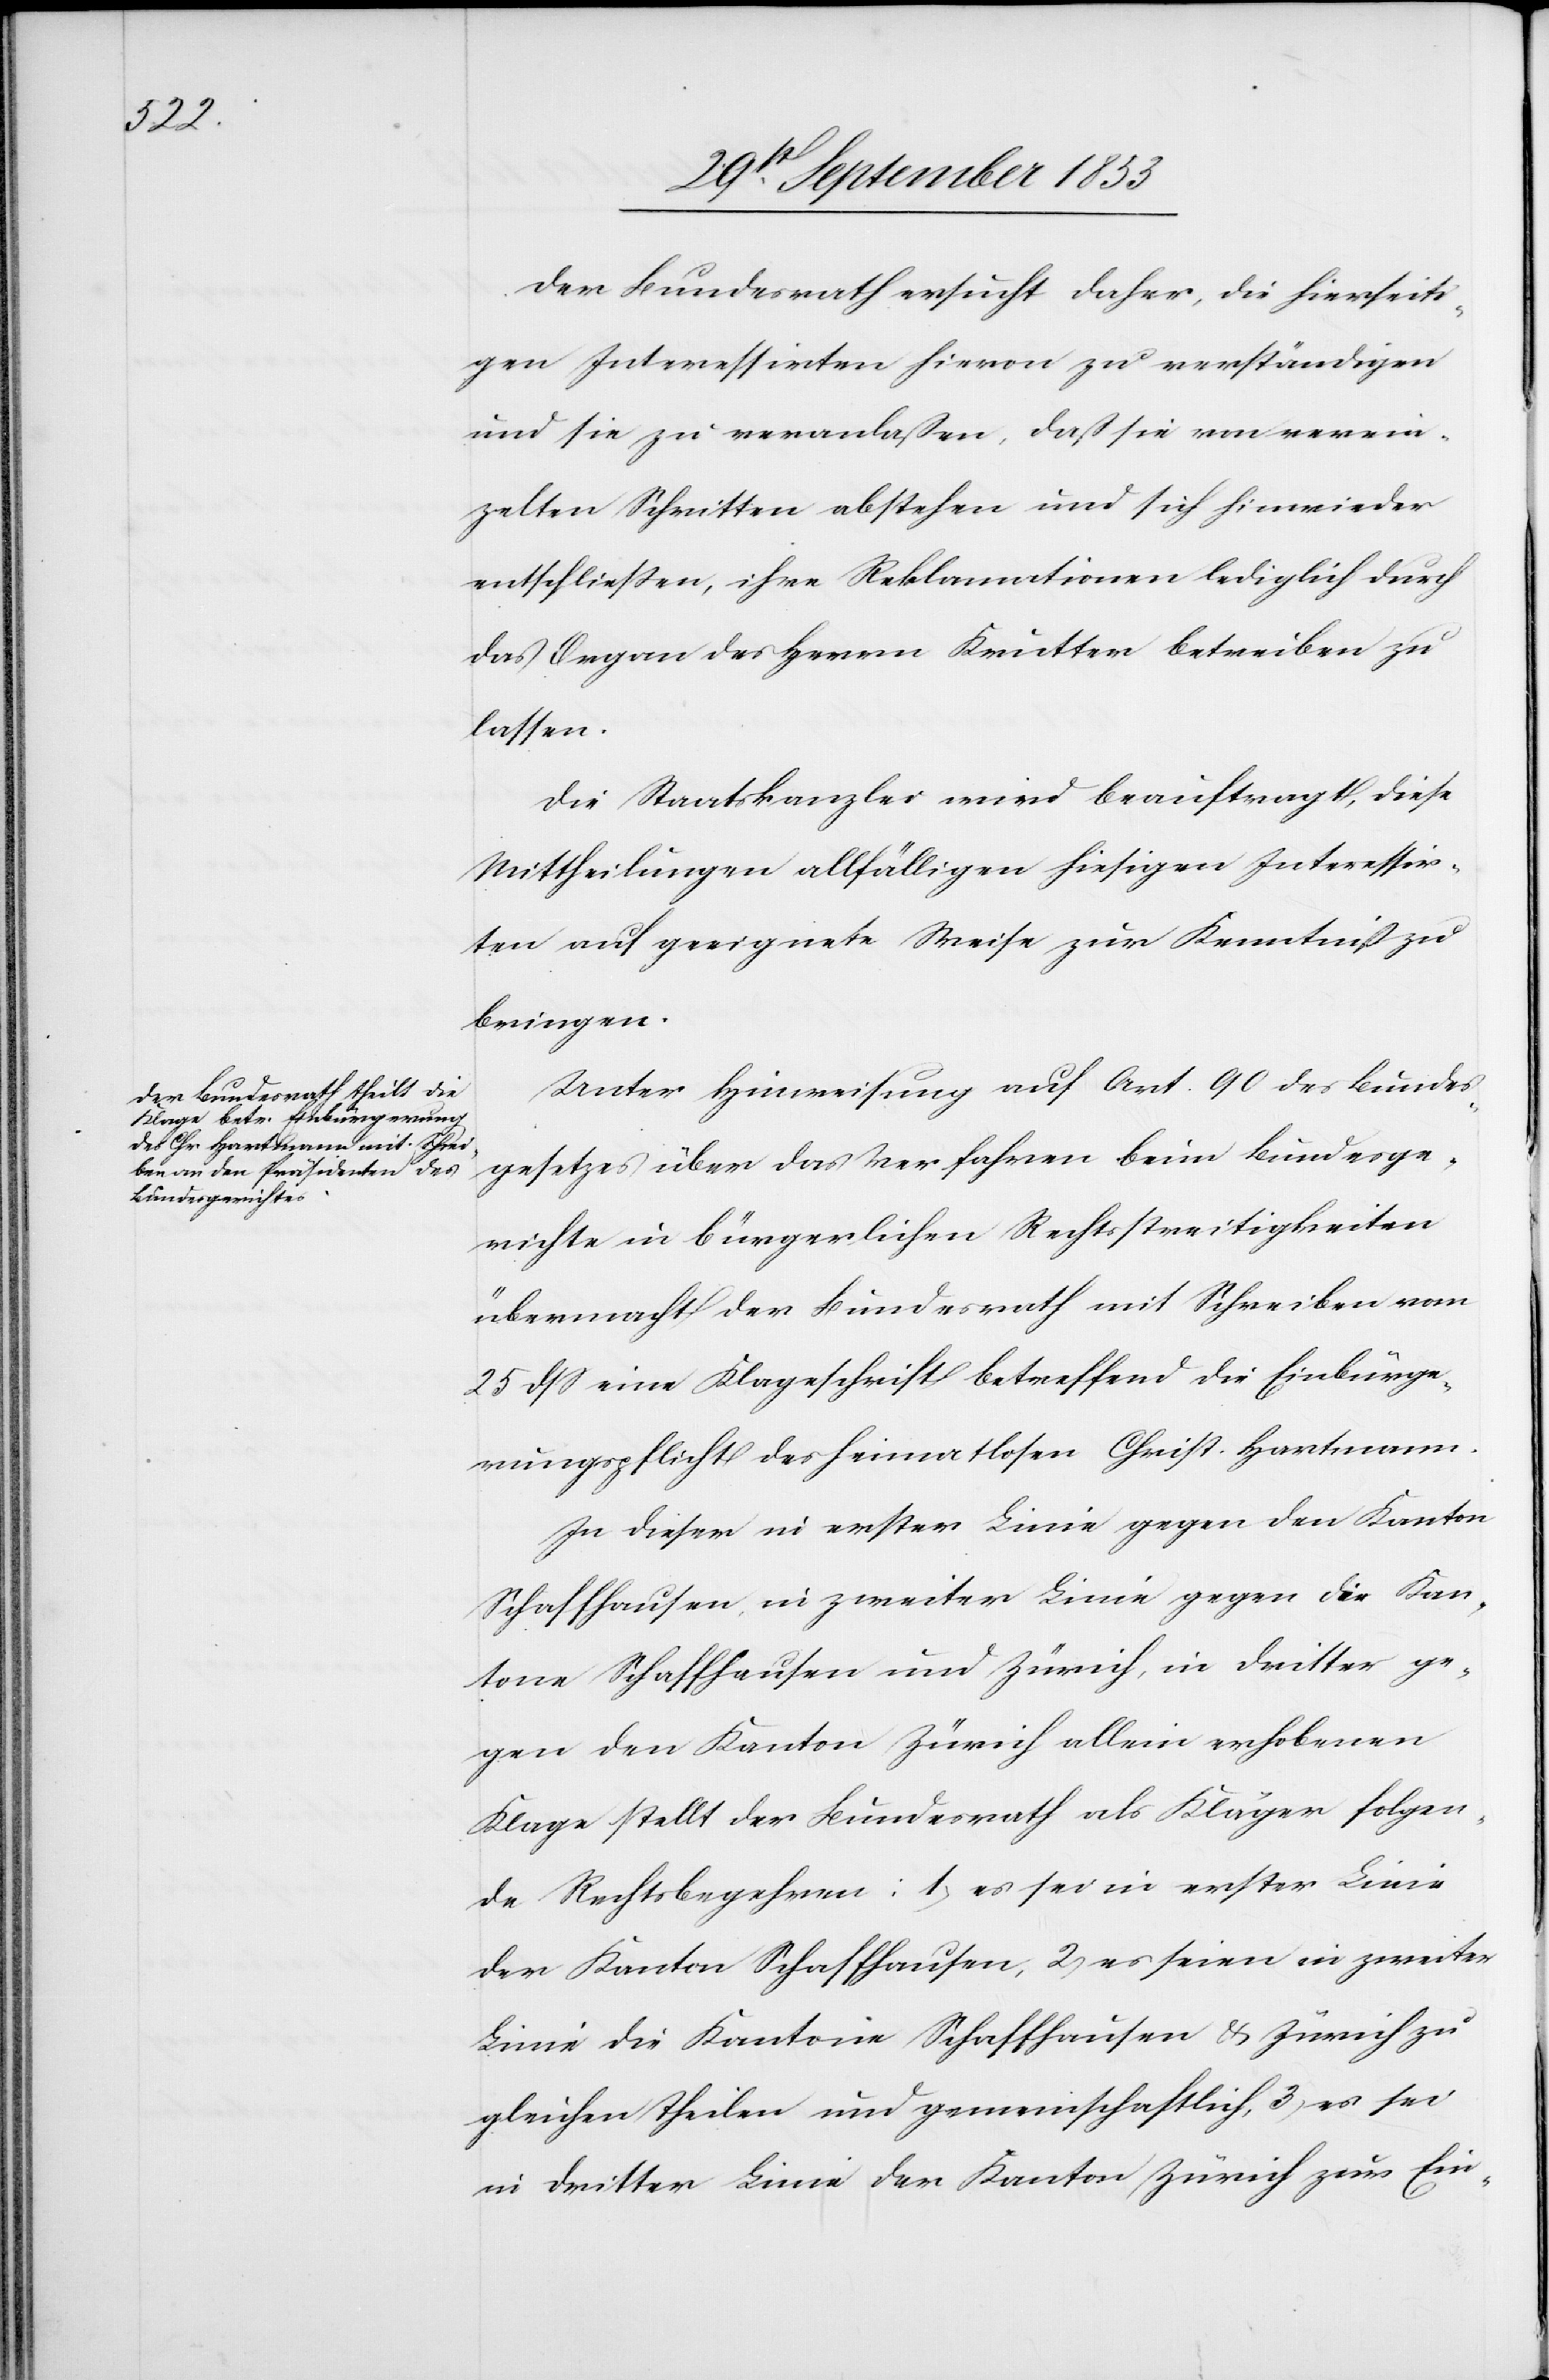
Der Bundesrath ersucht daher, die hierseiti¬
gen Interessirten hievon zu verständigen
und sie zu veranlaßen, daß sie von verein¬
zelten Schritte abstehen und sich hinwieder
entschließen, ihre Reklamationen lediglich durch
das Organ des Herrn Krutter betreiben zu
lassen.
Die Staatskanzlei wird beauftragt, diese
Mittheilungen allfälligen hiesigen Interessir¬
ten auf geeignete Weise zur Kenntniß zu
bringen.
Unter Hinweisung auf Art. 90 des Bundes¬
gesetzes über das Verfahren beim Bundesge¬
richte in bürgerlichen Rechtsstreitigkeiten
übermacht der Bundesrath mit Schreiben vom
25 dß eine Klageschrift betreffend die Einbürge¬
rungspflicht des heimatlosen Christ. Hartmann.
In dieser in erster Linie gegen den Kanton
Schaffhausen in zweiter Linie gegen die Kan¬
tone Schaffhausen und Zürich, in dritter ge¬
gen den Kanton Zürich allein erhobenen
Klage stellt der Bundesrath als Kläger folgen¬
de Rechtsbegehren: 1, es sei in erster Linie
der Kanton Schaffhausen, 2, es seien in zweiter
Linie die Kantone Schaffhausen u. Zürich zu
gleichen Theilen und gemeinschaftlich, 3, es sei
in dritter Linie der Kanton Zürich zur Ein-